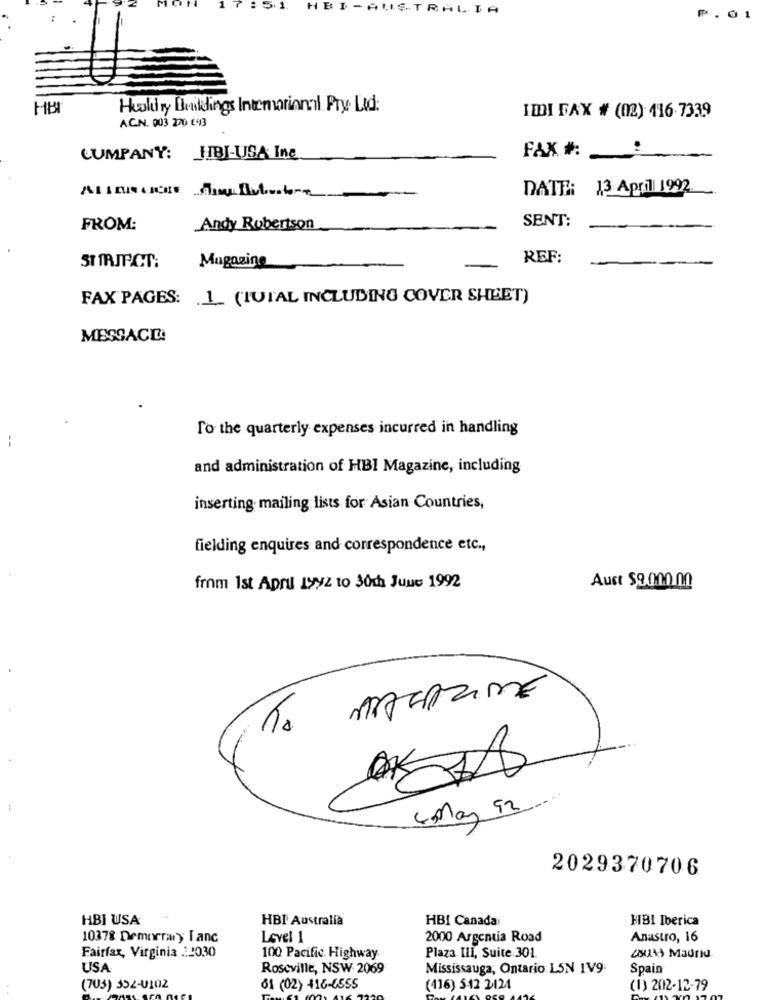
HBI -AUSTRALIA
₱.01
HB
Husliny Buildings International Pry Ltd:
ACN. 003 270 €43
ImDI FAX # (02) 416-7339
CUMPANY: HBI-USA Ine
FAX # :_
DATE: 13 April 1992
SENT:
FROM:
Andy Robertson
REF:
ST MAJPCT:
Magazine
FAX PAGES: 1_ (TUTAL INCLUDING COVER SHEET)
MIESGACIE!
To the quarterly expenses incurred in handling
--
and administration of HBI Magazine, including
inserting mailing lists for Asian Countries,
fielding enquires and correspondence etc .,
from 1st April 1992 10 30th June 1992
Aust $9.000.00
MAGAZINE
10
4 May 92 ...
2029370706
HBI USA
HBI Australia
HBI Canada
HBI Iberica
10378 Demorrary I anc
Level 1
2000 Argentia Road
Anastro, 16
Fairfax, Virginia 22030
100 Pacific. Highway
Plaza Ili, Suite 301
250A Madrid
USA
Roseville, NSW 2069
Mississauga, Ontario L5N 1V9:
Spain
(703) 352-0102
61 (02) 416-6555
(416) 512 2121
(1) 202-12-79